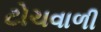
ટોચવાળી